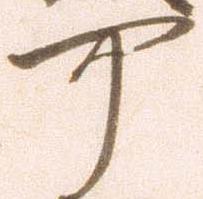
可